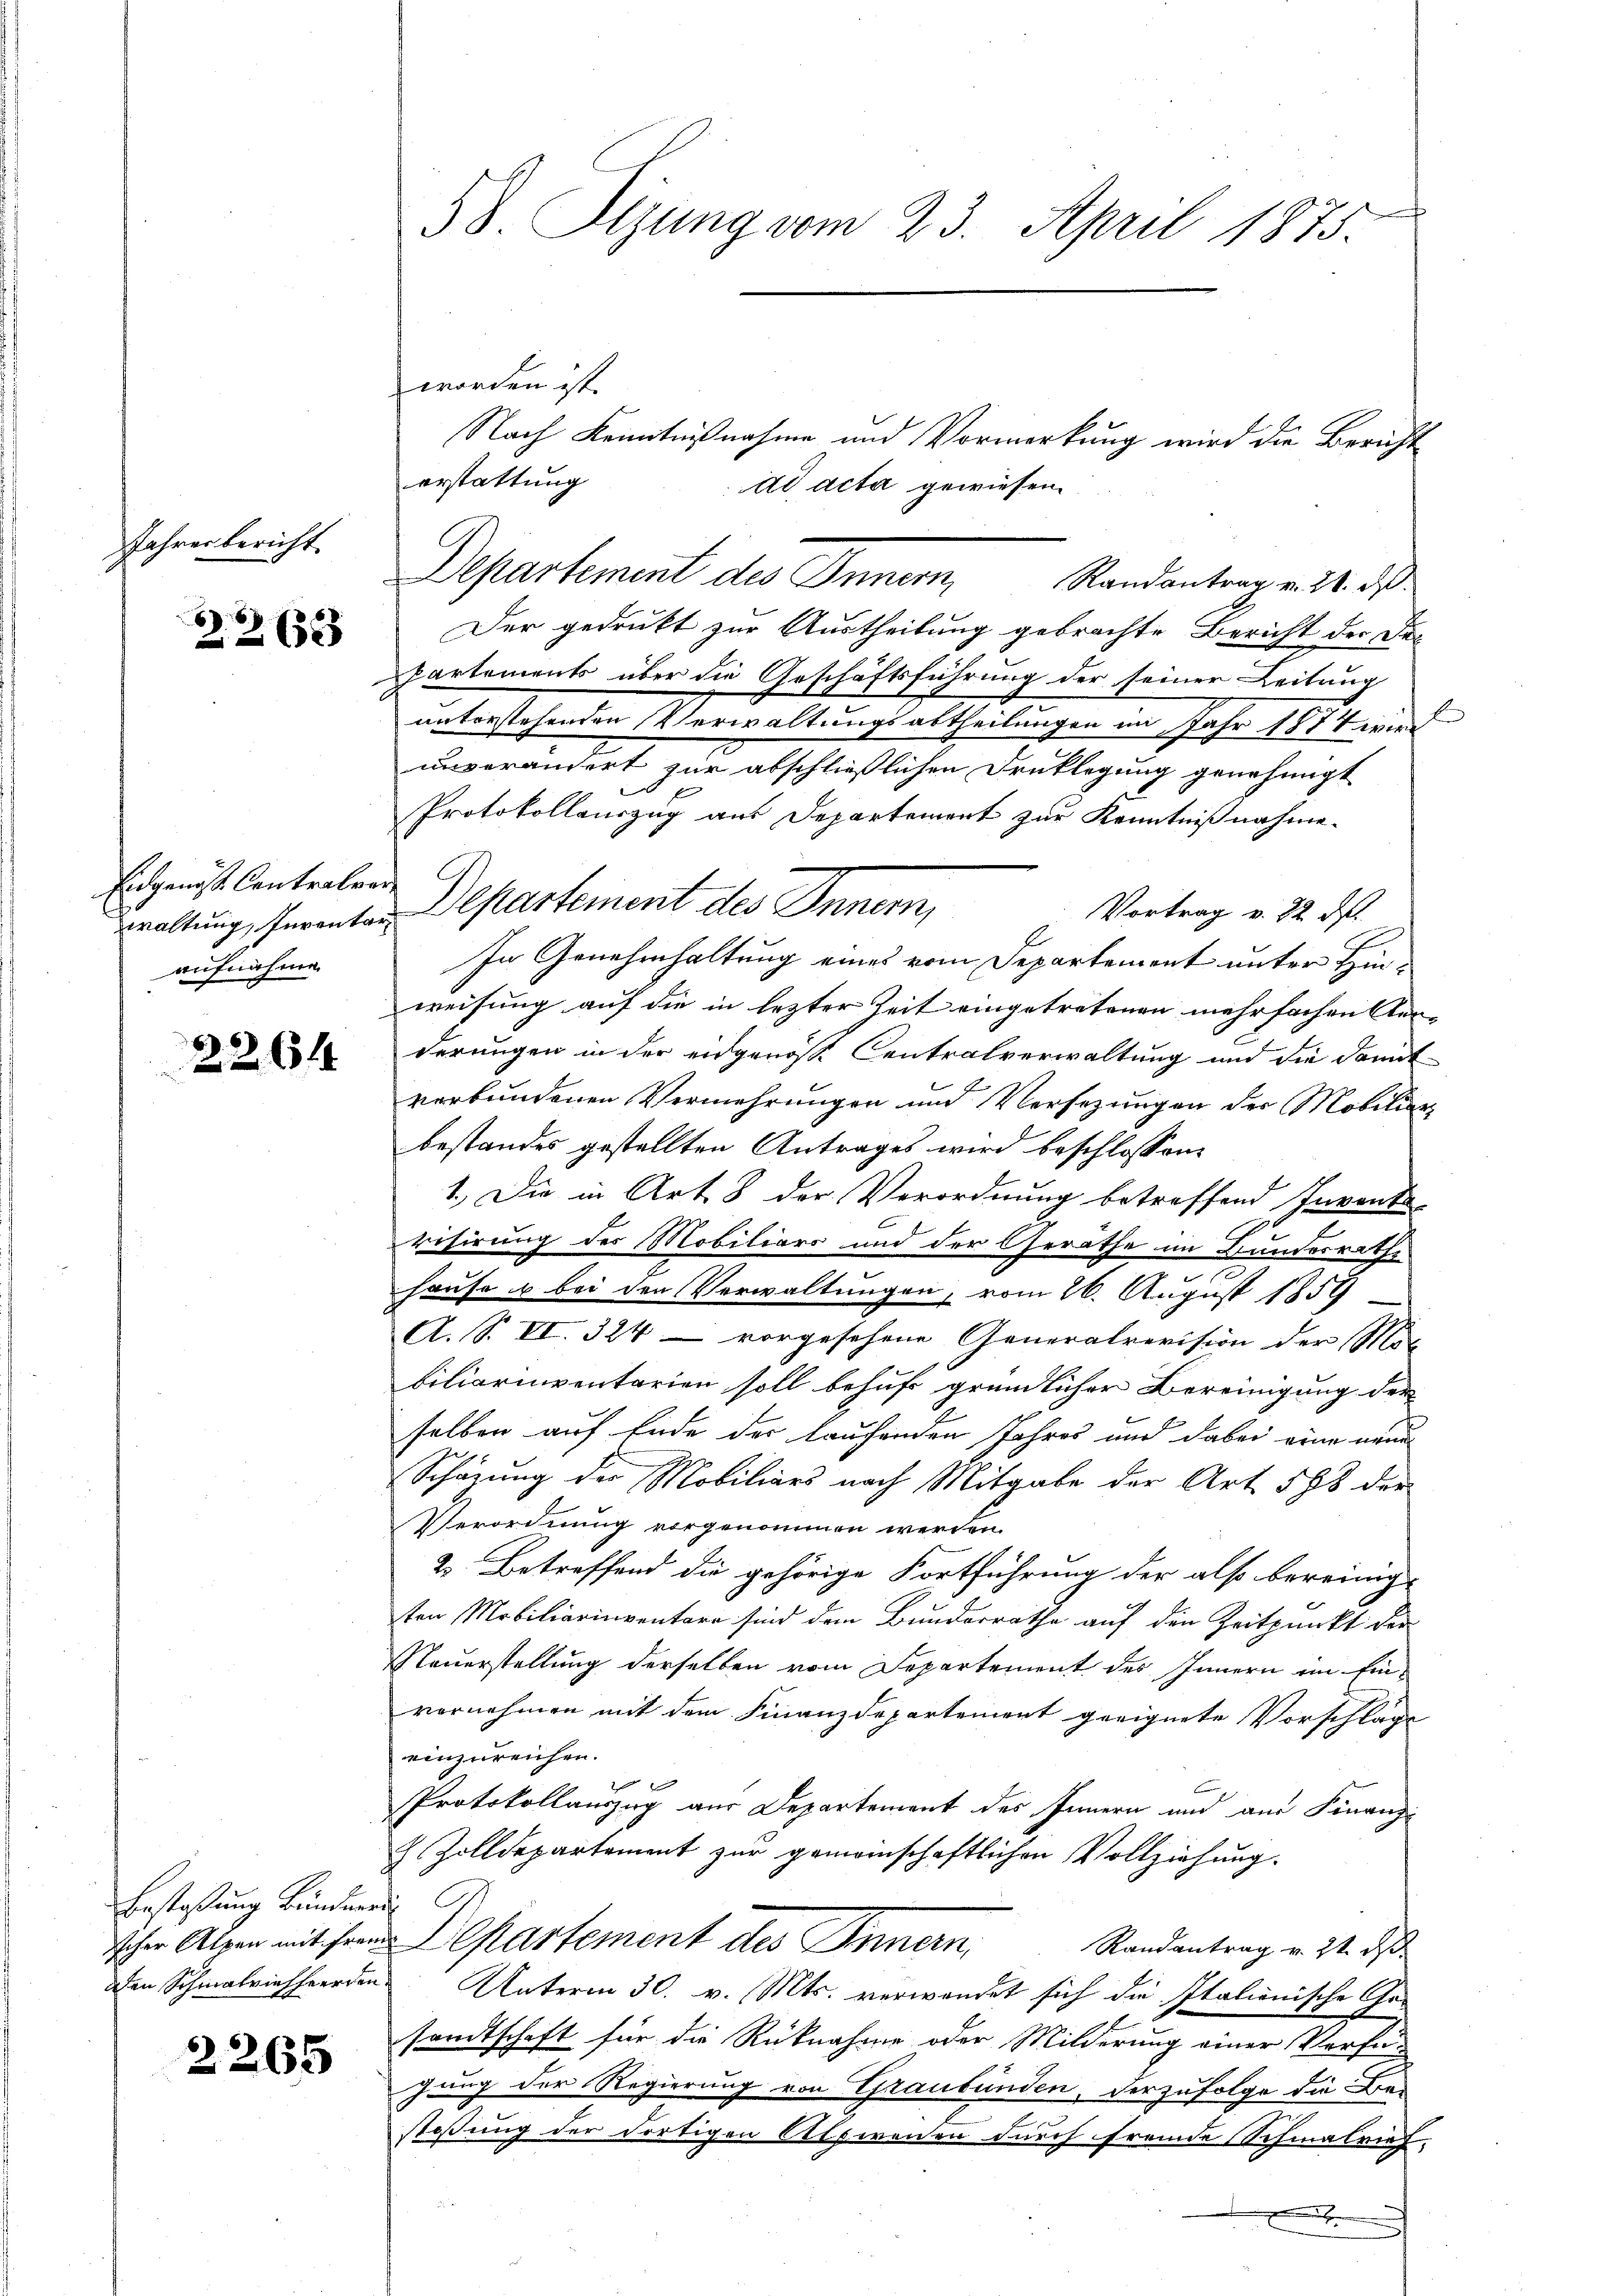
Jahrer bericht

)
3263

Eidgenöss. Contralver
aufnahme.

2264

Bestasung Bündnerd

2265

58. Sizung vom 23. April 1875.

worden ist.
Nach Kenntnißnahme und Vormerkung wird die Bericht
erstattung
ad acta gewiesen.
Departement des Inner, Randantrag v. 24. d.
Der gedrukt zur Austheilung gebrachte Bericht der Dec
Partements über die Geschäftsführung der seiner Leitung
unterstehenden Verwaltungsabtheilungen im Jahr 1874 wird
unverändert zur abschließlichen Druklegung genehmigt
Protokollauszug aus Departement zur Kenntnißnahme-
Vortrag v. 22. ds.
In Genehmhaltung eines vom Departement unter Hinweisung auf die in lezter Zeit eingetretenen mehrfachen Ansderungen in der eidgenosse Centralverwaltung und die damit
verbundenen Vermehrungen und Versezungen der Mobilier
bestandes gestellten Antrages wird beschlossen:
1.) Die in Art. 8 der Verordnung betreffend Inventa
risirung des Mobiliars und der Geräthe im Bundesrathe
Hause u bei den Verwaltungen, vom 26. August 1858
A. S. VI. 324 - vorgesehene Generalrevision der Mat
biliarinventarien soll behufs gründlicher Bereinigung der
selben auf Ende der laufenden Jahres und dabei eine neue
Schazung der Mobiliars nach Mitgabe der Art. 588 der
Verordnung vorgenommen werden.
2. Betreffend die gehörige Fortführung der also bereinig-
sten Mobiliarinventare sind dem Bunderrathe auf den Zeitpunkt der
Neuerstellung derselben vom Departement des Innern im Einvornehmen mit dem Finanzdepartement geeignete Vorschläge
einzureichen.
Protokollauszug aus Departement des Innern und aus Finanz-
. Zolldepartement zur gemeinschaftlichen Vollziehung.
icher Alten mit ihre Departement des Innern,
Randantrag v. 21. ds.
Den Schmalriechherden Unterm 30. v. Mts. verwendet sich die Italienische Gesandtschaft für die Rücknahme oder Milderung einer Verfü-
gung der Regierung von Graubünden, derzufolge die Be-
stossung der dortigen Alpirenen durch fremde Schmalrief.
.

waltung, ferenten Departement des Innern,